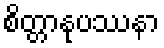
စိတ္တာနုပဿနာ